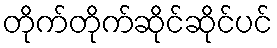
တိုက်တိုက်ဆိုင်ဆိုင်ပင်